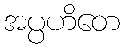
အပ္ပဟိတေ